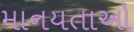
માનયતાઓ